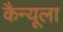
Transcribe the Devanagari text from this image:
कैन्यूला